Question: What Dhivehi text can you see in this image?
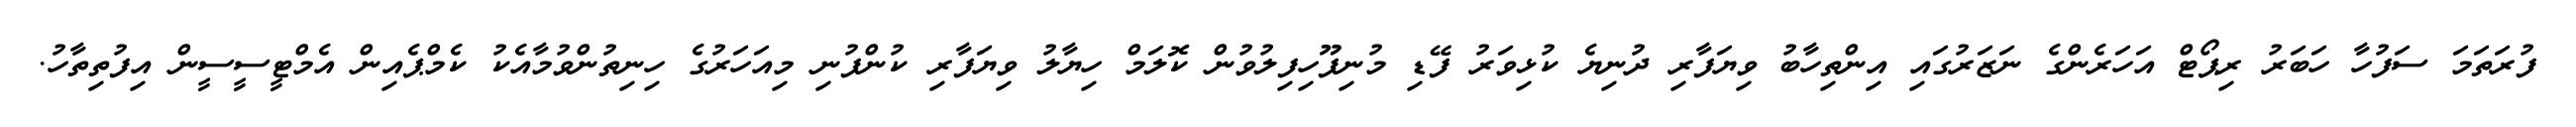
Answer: ފުރަތަމަ ސަފުހާ ހަބަރު ރިޕޯޓް އަހަރެންގެ ނަޒަރުގައި އިންތިހާބު ވިޔަފާރި ދުނިޔެ ކުޅިވަރު ފޭޑި މުނިފޫހިފިލުވުން ކޮލަމް ހިޔާލު ވިޔަފާރި ކުންފުނި މިއަހަރުގެ ހިނިތުންވުމާއެކު ކެމްޕެއިން އެމްޓީސީސީން އިފުތިތާހު.